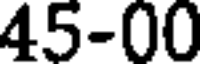
45-00